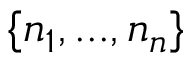
\{ n _ { 1 } , . . . , n _ { n } \}